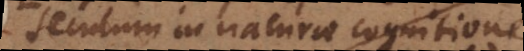
seculum in naturae cognitione